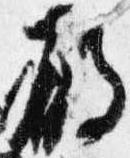
殿